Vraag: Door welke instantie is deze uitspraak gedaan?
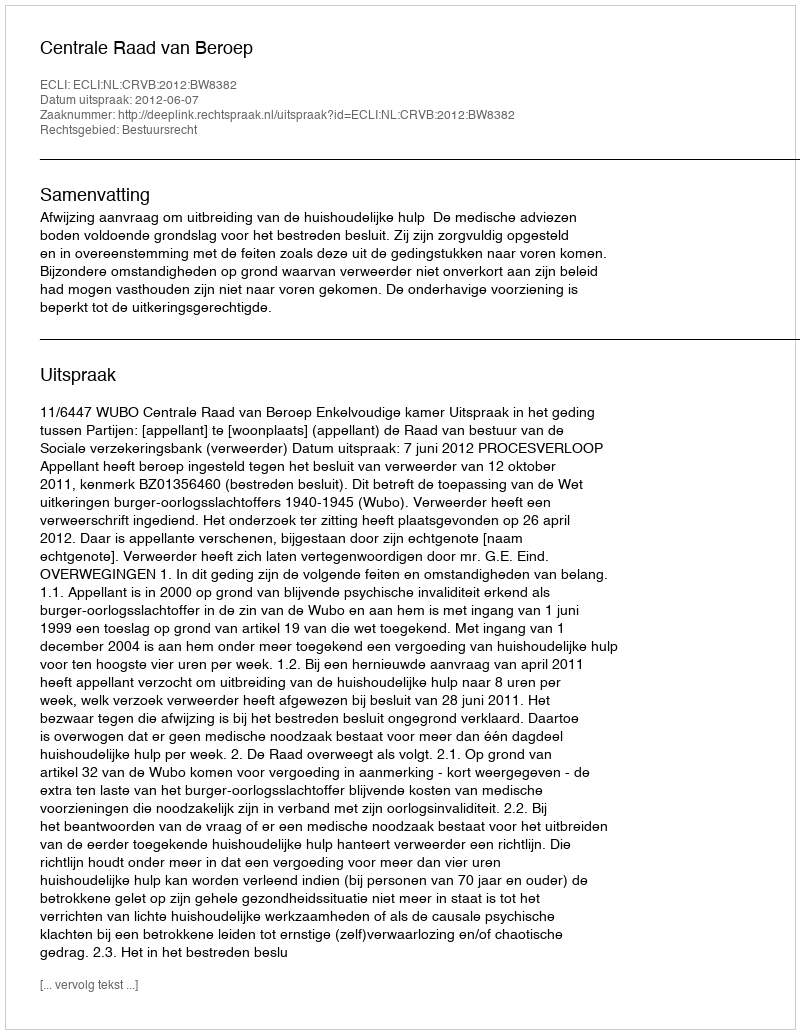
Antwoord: Centrale Raad van Beroep